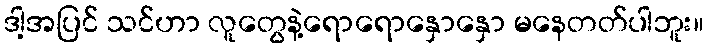
ဒါ့အပြင် သင်ဟာ လူတွေနဲ့ရောရောနှောနှော မနေတတ်ပါဘူး။